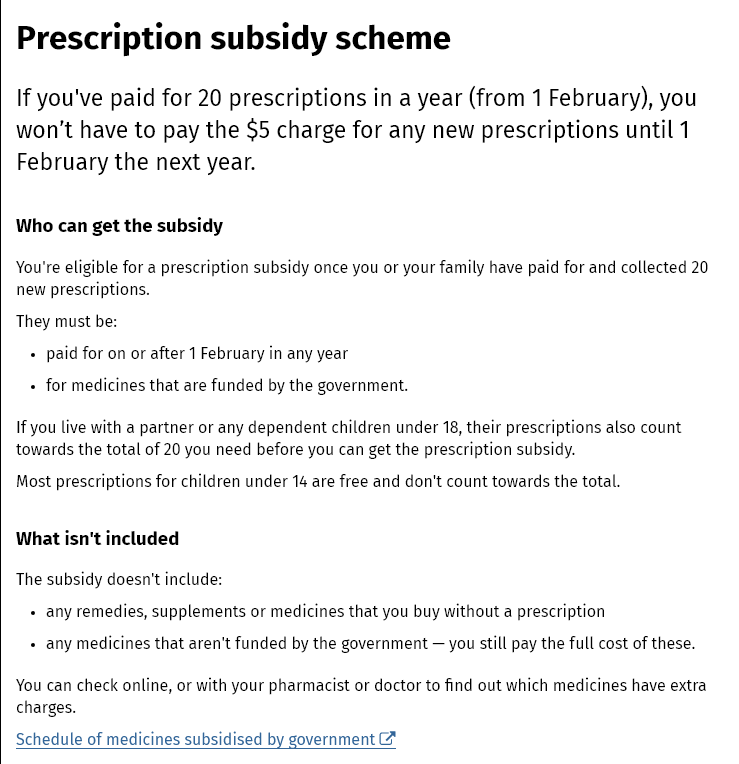
Prescription    subsidy    scheme
   If you've  paid for  20  prescriptions   in a year (from    1 February),   you
  won't   have  to  pay  the $5  charge   for any  new prescriptions    until 1
   February   the  next  year.
  You're eligible for a prescription subsidy once you or your family have paid for and collected 20
   new prescriptions.
  They must be:
   If you live with a partner or any dependent children under 18, their prescriptions also count
  towards the total of 20 you need before you can get the prescription subsidy.
  Most prescriptions for children under 14 are free and don't count towards the total.
  Schedule of medicines subsidised by government et
  The subsidy doesn't include:
  What isn't included
    + paid for on or after 1 February in any year
    +
     for medicines that are funded by the government.
  Who can get the  subsidy
  You can check online, or with your pharmacist or doctor to find out which medicines have extra
  charges.
    + any remedies, supplements or medicines that you buy without a prescription
    + any medicines that aren't funded by the government
     —
     you still pay the full cost of these.